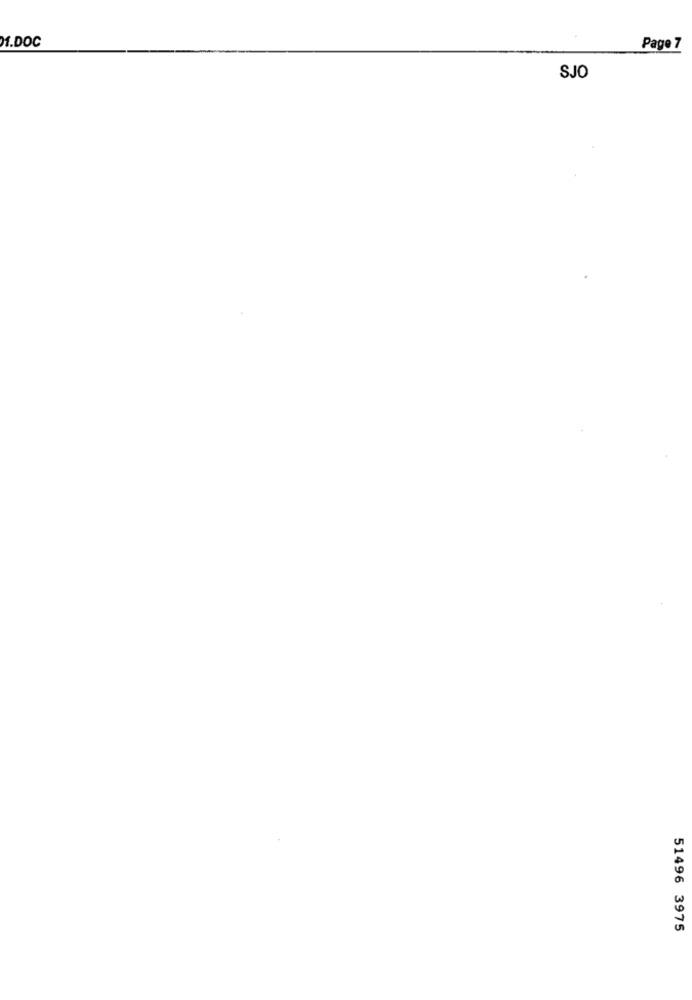
M.DOC
Page 7
SJO
51496 3975